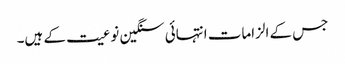
جس کے الزامات انتہائی سنگین نوعیت کے ہیں۔